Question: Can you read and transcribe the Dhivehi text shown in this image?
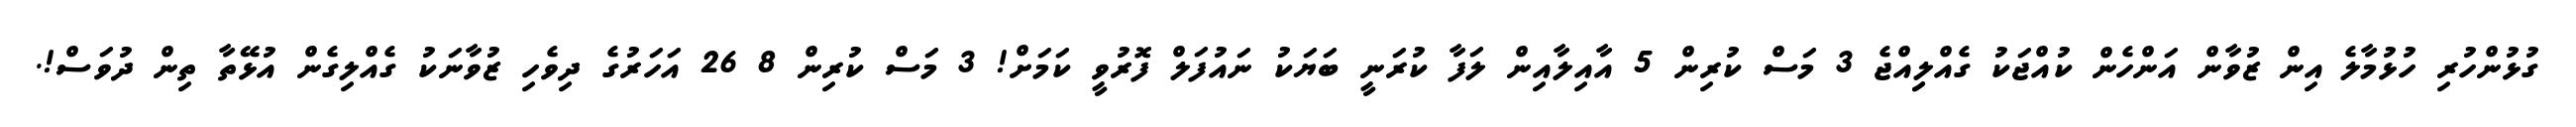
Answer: ގުޅުންހުރި ހުޅުމާލެ އިން ޒުވާން އަންހެން ކުއްޖަކު ގެއްލިިއްޖެ 3 މަސް ކުރިން 5 އާއިލާއިން ލަފާ ކުރަނީ ބަޔަކު ނައުފަލް ފޮރުވީ ކަމަށް! 3 މަސް ކުރިން 8 26 އަހަރުގެ ދިވެހި ޒުވާނަކު ގެއްލިގެން އުޅޭތާ ތިން ދުވަސް!.